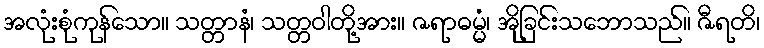
အလုံးစုံကုန်သော။ သတ္တာနံ၊ သတ္တဝါတို့အား။ ဇရာဓမ္မံ၊ အိုခြင်းသဘောသည်။ ဇီရတိ၊